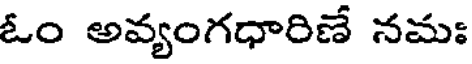
ఓం అవ్యంగధారిణే నమః